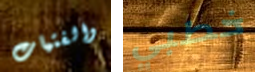
والفتيات خطبي